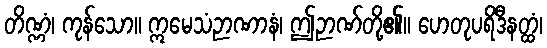
တိဏ္ဏံ၊ ကုန်သော။ ဣမေသံဉာဏာနံ၊ ဤဉာဏ်တို့၏။ ဟေတုပရိဒီနတ္ထံ၊